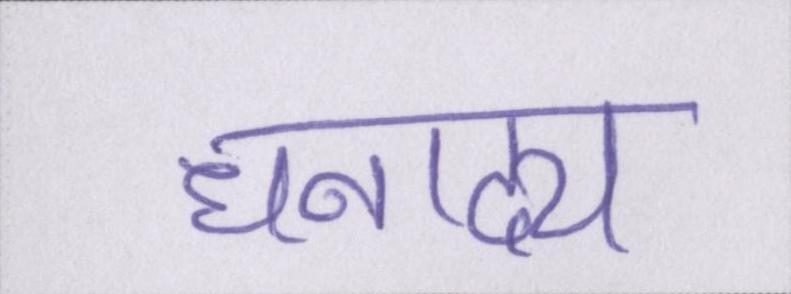
धनाढ्य